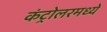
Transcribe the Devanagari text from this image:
कंट्रोलरमध्ये